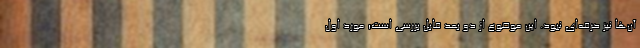
آن‌ها نیز حرفه‌ای نبود. این موضوع از دو بعد قابل بررسی است؛ مورد اول